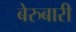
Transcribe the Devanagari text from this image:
बेरुबारी